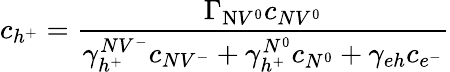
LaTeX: c_{h^{+}}=\frac{\Gamma_{\mathrm{N}V^{0}}c_{NV^{0}}}{\gamma_{h^{+}}^{NV^{-}}c_{NV^{-}}+\gamma_{h^{+}}^{N^{0}}c_{N^{0}}+\gamma_{eh}c_{e^{-}}}